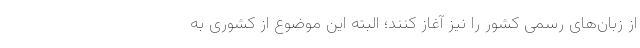
از زبان‌های رسمی کشور را نیز آغاز کنند؛ البته این موضوع از کشوری به